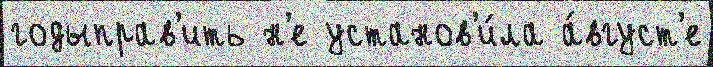
годыправ'ить н'е установ'и́ла а́вгуст'е